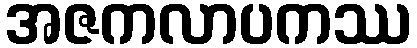
အဇကလာပကဿ